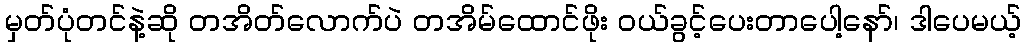
မှတ်ပုံတင်နဲ့ဆို တအိတ်လောက်ပဲ တအိမ်ထောင်ဖိုး ဝယ်ခွင့်ပေးတာပေါ့နော်၊ ဒါပေမယ့်